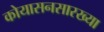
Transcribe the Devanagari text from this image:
कोयासनसारख्या